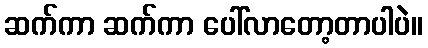
ဆက်ကာ ဆက်ကာ ပေါ်လာတော့တာပါပဲ။